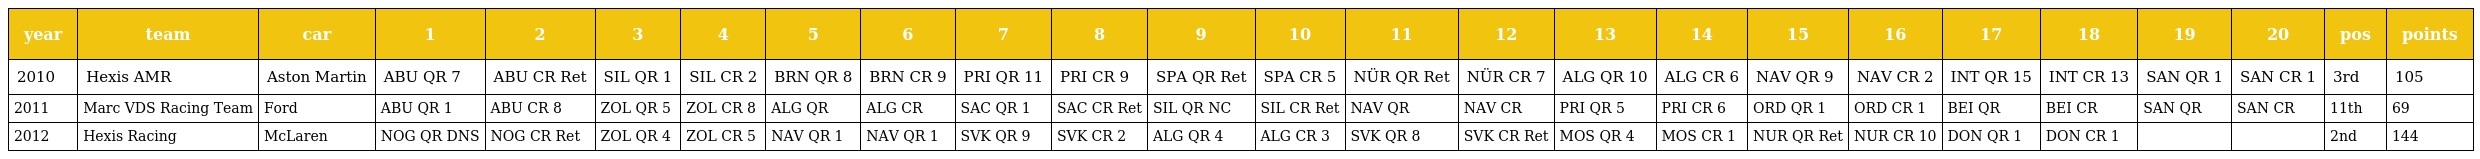
| year | team | car | 1 | 2 | 3 | 4 | 5 | 6 | 7 | 8 | 9 | 10 | 11 | 12 | 13 | 14 | 15 | 16 | 17 | 18 | 19 | 20 | pos | points |
 | --- | --- | --- | --- | --- | --- | --- | --- | --- | --- | --- | --- | --- | --- | --- | --- | --- | --- | --- | --- | --- | --- | --- | --- | --- |
 | 2010 | Hexis AMR | Aston Martin | ABU QR 7 | ABU CR Ret | SIL QR 1 | SIL CR 2 | BRN QR 8 | BRN CR 9 | PRI QR 11 | PRI CR 9 | SPA QR Ret | SPA CR 5 | NÜR QR Ret | NÜR CR 7 | ALG QR 10 | ALG CR 6 | NAV QR 9 | NAV CR 2 | INT QR 15 | INT CR 13 | SAN QR 1 | SAN CR 1 | 3rd | 105 |
 | 2011 | Marc VDS Racing Team | Ford | ABU QR 1 | ABU CR 8 | ZOL QR 5 | ZOL CR 8 | ALG QR | ALG CR | SAC QR 1 | SAC CR Ret | SIL QR NC | SIL CR Ret | NAV QR | NAV CR | PRI QR 5 | PRI CR 6 | ORD QR 1 | ORD CR 1 | BEI QR | BEI CR | SAN QR | SAN CR | 11th | 69 |
 | 2012 | Hexis Racing | McLaren | NOG QR DNS | NOG CR Ret | ZOL QR 4 | ZOL CR 5 | NAV QR 1 | NAV QR 1 | SVK QR 9 | SVK CR 2 | ALG QR 4 | ALG CR 3 | SVK QR 8 | SVK CR Ret | MOS QR 4 | MOS CR 1 | NUR QR Ret | NUR CR 10 | DON QR 1 | DON CR 1 |  |  | 2nd | 144 |